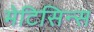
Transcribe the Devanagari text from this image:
मेटिसिन्स